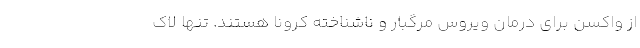
از واکسن برای درمان ویروس مرگبار و ناشناخته کرونا هستند. تنها لاک